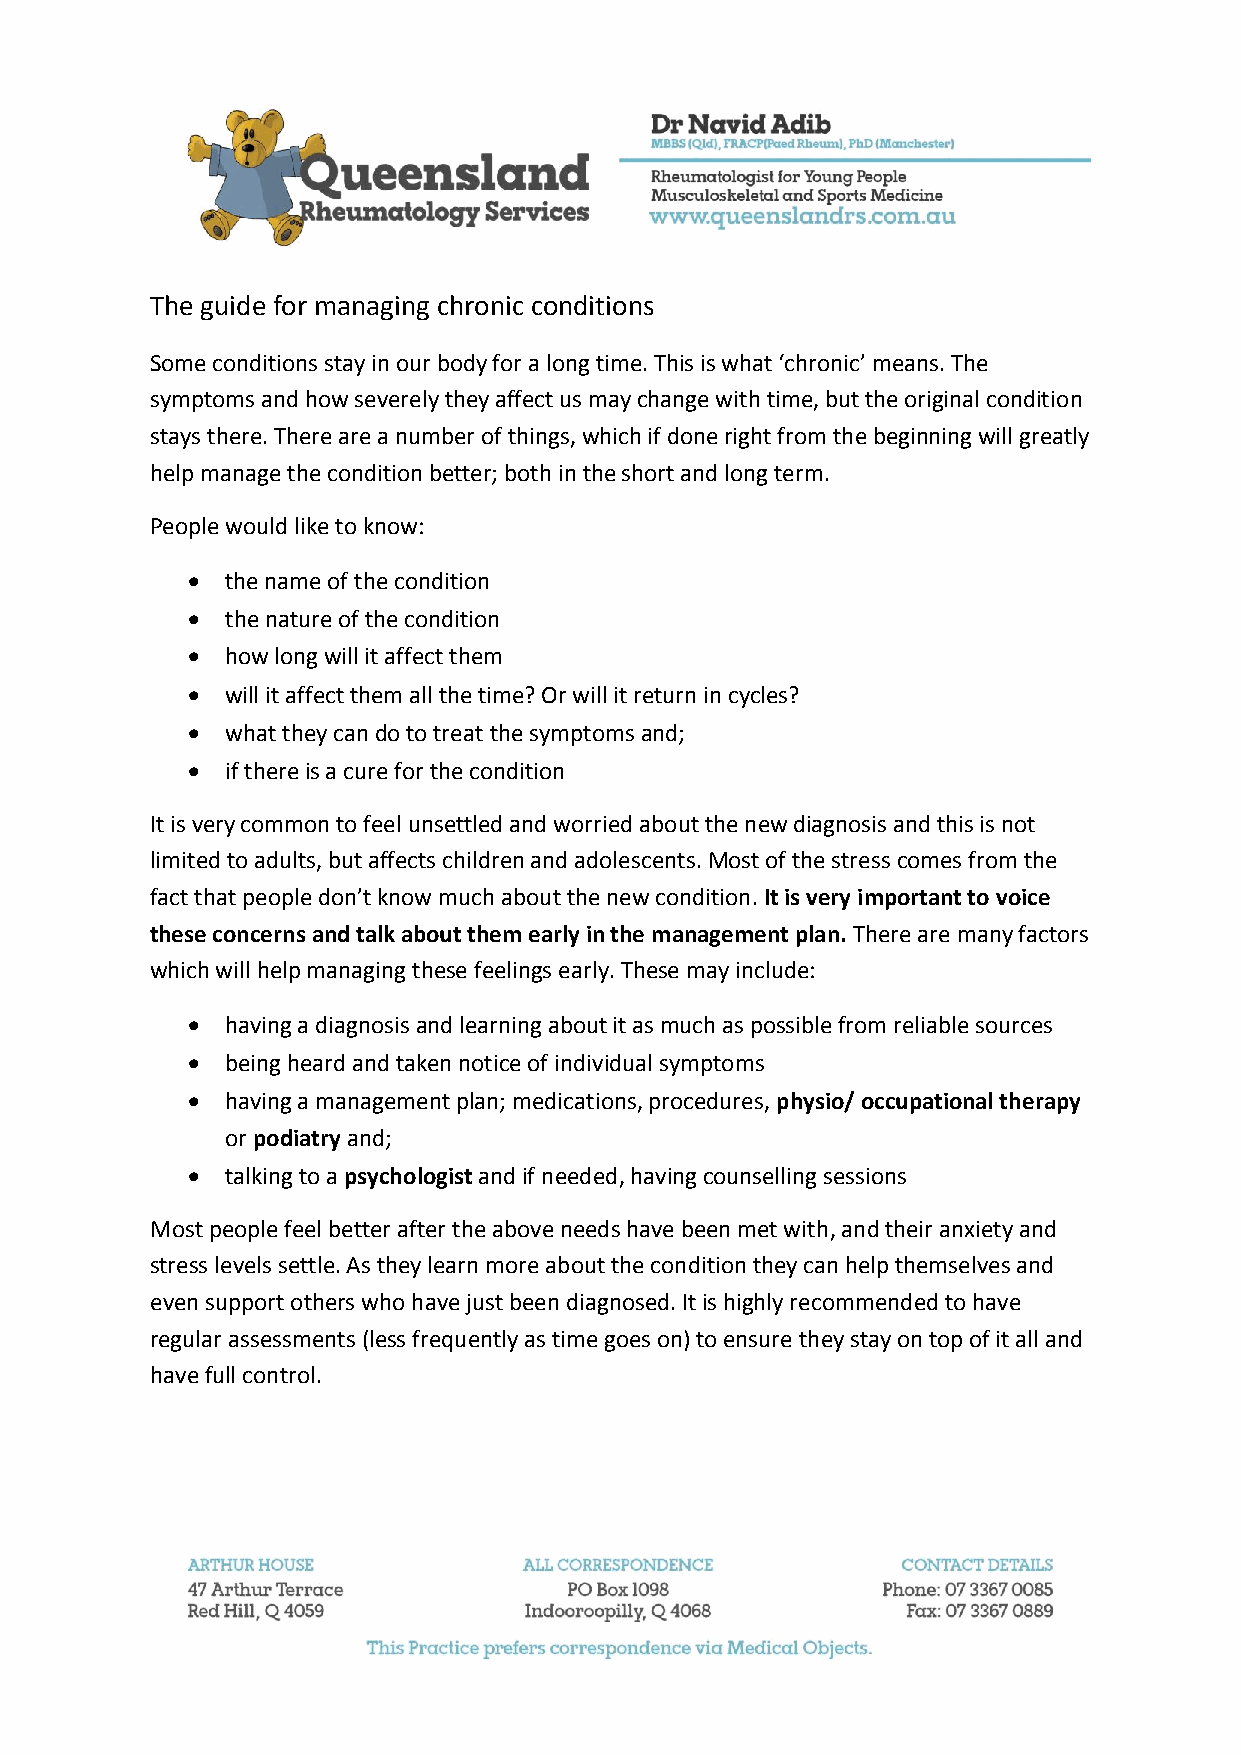
The guide for managing chronic conditions
 Some conditions stay in our body for a long time. This is what ‘chronic’ means. The
 symptoms and how severely they affect us may change with time, but the original condition
 stays there. There are a number of things, which if done right from the beginning will greatly
 help manage the condition better; both in the short and long term.
 People would like to know:
 •  the name of the condition
 •  the nature of the condition
 •  how long will it affect them
 •  will it affect them all the time? Or will it return in cycles?
 •  what they can do to treat the symptoms and;
 •  if there is a cure for the condition
 It is very common to feel unsettled and worried about the new diagnosis and this is not
 limited to adults, but affects children and adolescents. Most of the stress comes from the
 fact that people don’t know much about the new condition. It is very important to voice
 these concerns and talk about them early in the management plan. There are many factors
 which will help managing these feelings early. These may include:
 •  having a diagnosis and learning about it as much as possible from reliable sources
 •  being heard and taken notice of individual symptoms
 •  having a management plan; medications, procedures, physio/ occupational therapy
 or podiatry and;
 •  talking to a psychologist and if needed, having counselling sessions
 Most people feel better after the above needs have been met with, and their anxiety and
 stress levels settle. As they learn more about the condition they can help themselves and
 even support others who have just been diagnosed. It is highly recommended to have
 regular assessments (less frequently as time goes on) to ensure they stay on top of it all and
 have full control.